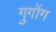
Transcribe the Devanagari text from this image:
गुगोंग